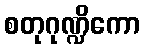
စတုဂုဏ္ဍိကော